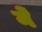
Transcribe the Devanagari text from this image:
मेेें